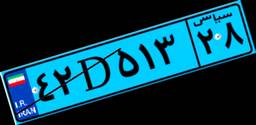
۴۲D۵۱۳۲۸